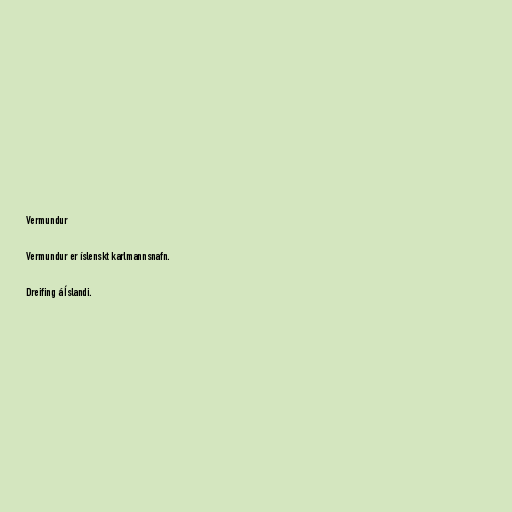
Vermundur

Vermundur er íslenskt karlmannsnafn.

Dreifing á Íslandi.